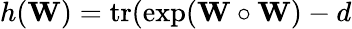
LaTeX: h({\mathbf W})=\operatorname{tr}(\exp({\mathbf W}\circ{\mathbf W})-d